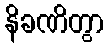
နိခဏိတွာ